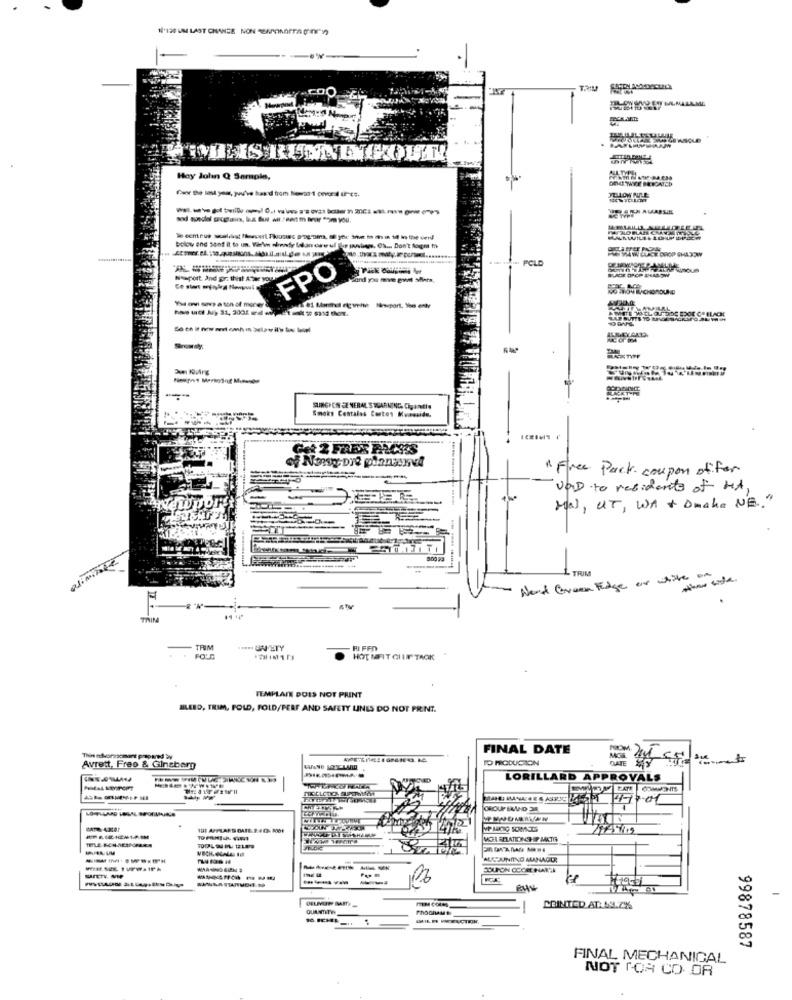
1'120 UM LAST CHANCE NON SAPONARA (199)
Hay Julın Q Sample,
PCLD
FPO
LADE DROP FHASOW
Newport And gir. thist Ater you
sand you mve govat shera,
The en sors a ton of morer &
-
SURGY EN GENERAL SUGARNING. Cigantie
Smoks Centalas Cortos Kumaside.
Got 2 FREX PRCES
" Free Pack. coupon offer
VOD to residents of HA,
Mal, UT, WA + Drake NE. "
Com
elimine
900 33
TRIM
-
Werd Green Edge or white on
--
TRIM
PI FFAY
HOT MIFIT GIUN TACK
TEMPLAIN DOES NOT PRINT
BLEED, TRIM, FOLD, FOLD/PERF AND SAFETY LINES DO NOT PRINT.
FINAL DATE
TO PRODUCION
Avrett, Fres & Ginsberg
LORILLARD APPROVALS
COMMENTS
7-01
OROUP BAND 38
----------
AUCUNITNG MANAGER
IRE M
COUPON CODEEINARTI
-------
------
--
QUANTITY
POINTED AT: 69.7%
99878587
FINAL MECHANICAL
NOT FOR CO OR